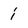
Character: i